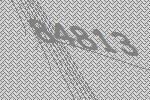
84813